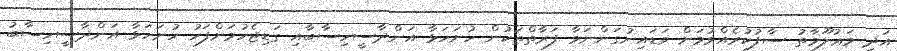
އަދި މަޢުލޫމާތު ސާފުކުރެއްވުމަށް ވަޑައިނުގަންނަވާ ފަރާތްތަކުން ހުށަހަޅާ އަންދާސީހިސާބާއި ގަޑިޖެހުމަށްފަހު ހުށަހަޅާ އަންދާސީހިސާބު